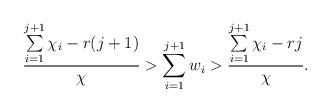
\begin{align*} \frac{\sum\limits_{i=1}^{j+1}\chi_i - r(j+1)}{\chi} > \sum\limits_{i=1}^{j+1}w_i > \frac{\sum\limits_{i=1}^{j+1}\chi_i - rj}{\chi}. \end{align*}